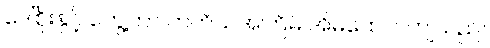
ဒေါ်စိုးနှင့် တွေ့ကာ တတိယအကြိမ် အိမ်ထောင်ကျသည်။